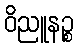
ဝိညူနဉ္စ